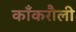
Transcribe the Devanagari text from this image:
काँकरौली